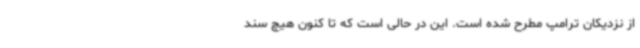
از نزدیکان ترامپ مطرح شده است. این در حالی است که تا کنون هیچ سند